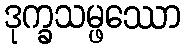
ဒုက္ခသမ္ဖဿော